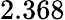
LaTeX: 2.368